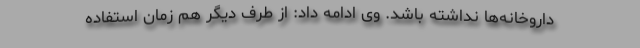
داروخانه‌ها نداشته باشد. وی ادامه داد: از طرف دیگر هم زمان استفاده